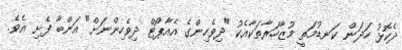
ދެކޮޅު ހަދަން ކަނޑުމަތީ މުޒާހަރާތަކާއެކު "ދިވެހިންގެ އެއާޕޯޓް ދިވެހިންނަށް" އަންބާ ފެށި އެވެ.